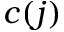
c ( j )